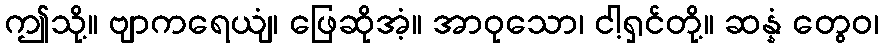
ဤသို့။ ဗျာကရေယျံ၊ ဖြေဆိုအံ့။ အာဝုသော၊ ငါ့ရှင်တို့။ ဆန္နံ တွေဝ၊